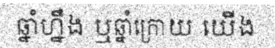
ឆ្នាំហ្នឹង ឬឆ្នាំក្រោយ យើង